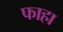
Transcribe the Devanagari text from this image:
फाहा